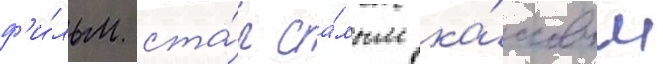
ф'и́льм ста́л са́мым ка́ссовым